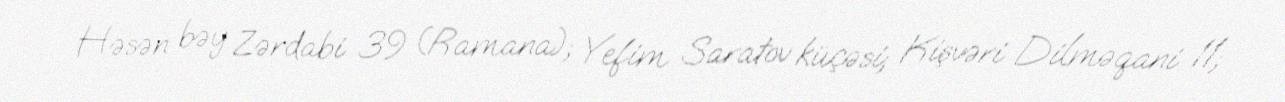
Həsən bəy Zərdabi 39 (Ramana); Yefim Saratov küçəsi; Kişvəri Dilməqani 11;